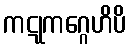
ကဋုကဂ္ဂေဟိပိ